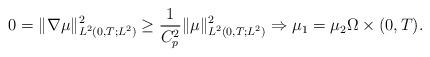
LaTeX: \begin{align*}0 = \|\nabla \mu\|_{L^{2}(0,T;L^{2})}^{2} \geq \frac{1}{C_{p}^{2}} \|\mu\|_{L^{2}(0,T;L^{2})}^{2} \Rightarrow \mu_{1} = \mu_{2} \Omega \times (0,T).\end{align*}